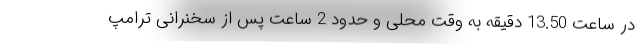
در ساعت 13.50 دقیقه به وقت محلی و حدود 2 ساعت پس از سخنرانی ترامپ